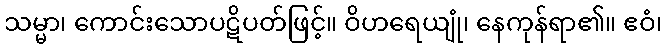
သမ္မာ၊ ကောင်းသောပဋိပတ်ဖြင့်။ ဝိဟရေယျုံ၊ နေကုန်ရာ၏။ ဧဝံ၊